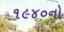
૧૯૪૦નો